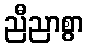
ညီညာစွာ